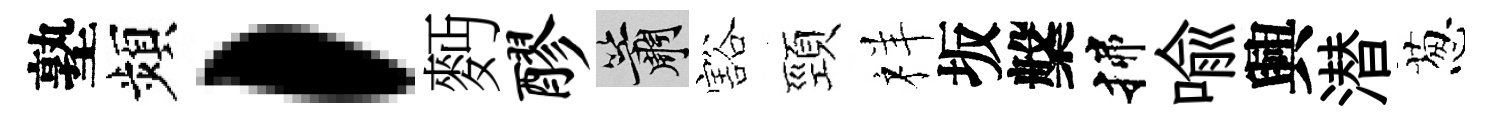
塾頻，麪醪簫豁頸祥坂槃揲喻興潜葱